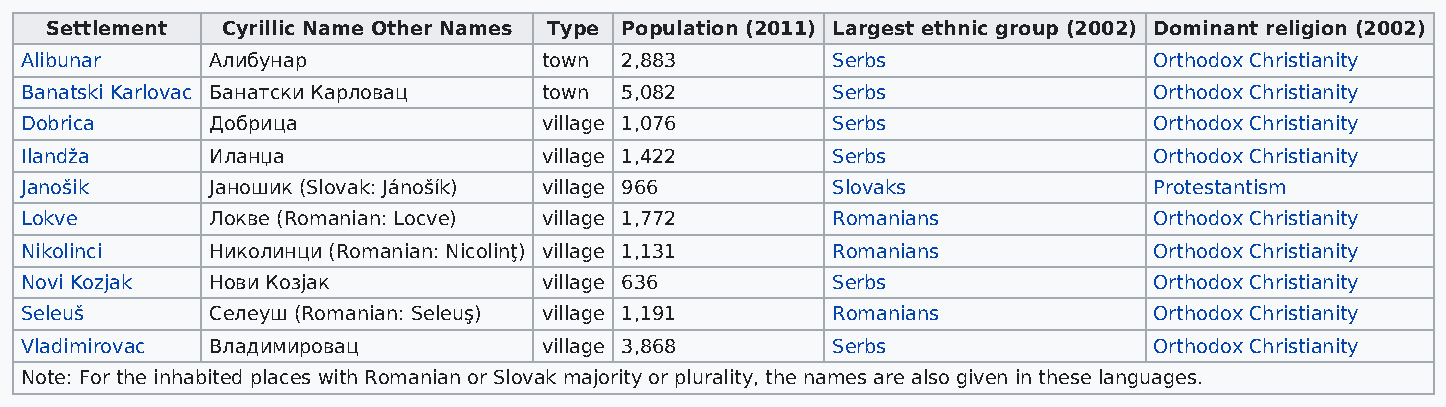
Settlement  Cyrillic Name Other Names Type Population (2011) Largest ethnic group (2002) Dominant religion (2002)
 Alibunar     Алибунар              town 2,883         Serbs                Orthodox Christianity
 Banatski Karlovac Банатски Карловац town 5,082        Serbs                Orthodox Christianity
 Dobrica      Добрица               village 1,076      Serbs                Orthodox Christianity
 Ilandža      Иланџа                village 1,422      Serbs                Orthodox Christianity
 Janošik      Јаношик (Slovak: Jánošík) village 966    Slovaks              Protestantism
 Lokve        Локве (Romanian: Locve) village 1,772    Romanians            Orthodox Christianity
 Nikolinci    Николинци (Romanian: Nicolinţ) village 1,131 Romanians        Orthodox Christianity
 Novi Kozjak  Нови Козјак           village 636        Serbs                Orthodox Christianity
 Seleuš       Селеуш (Romanian: Seleuş) village 1,191  Romanians            Orthodox Christianity
 Vladimirovac Владимировац          village 3,868      Serbs                Orthodox Christianity
 Note: For the inhabited places with Romanian or Slovak majority or plurality, the names are also given in these languages.